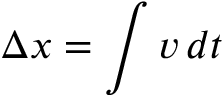
\Delta x = \int v \, d t